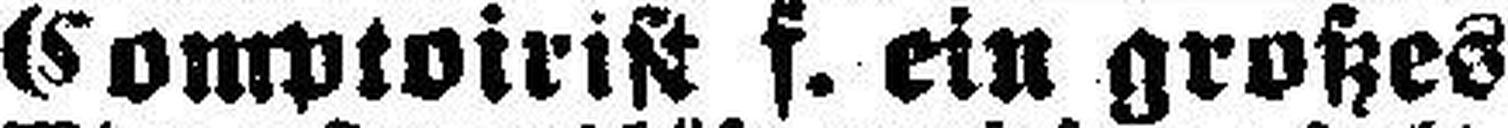
Comptoirist f. ein großes